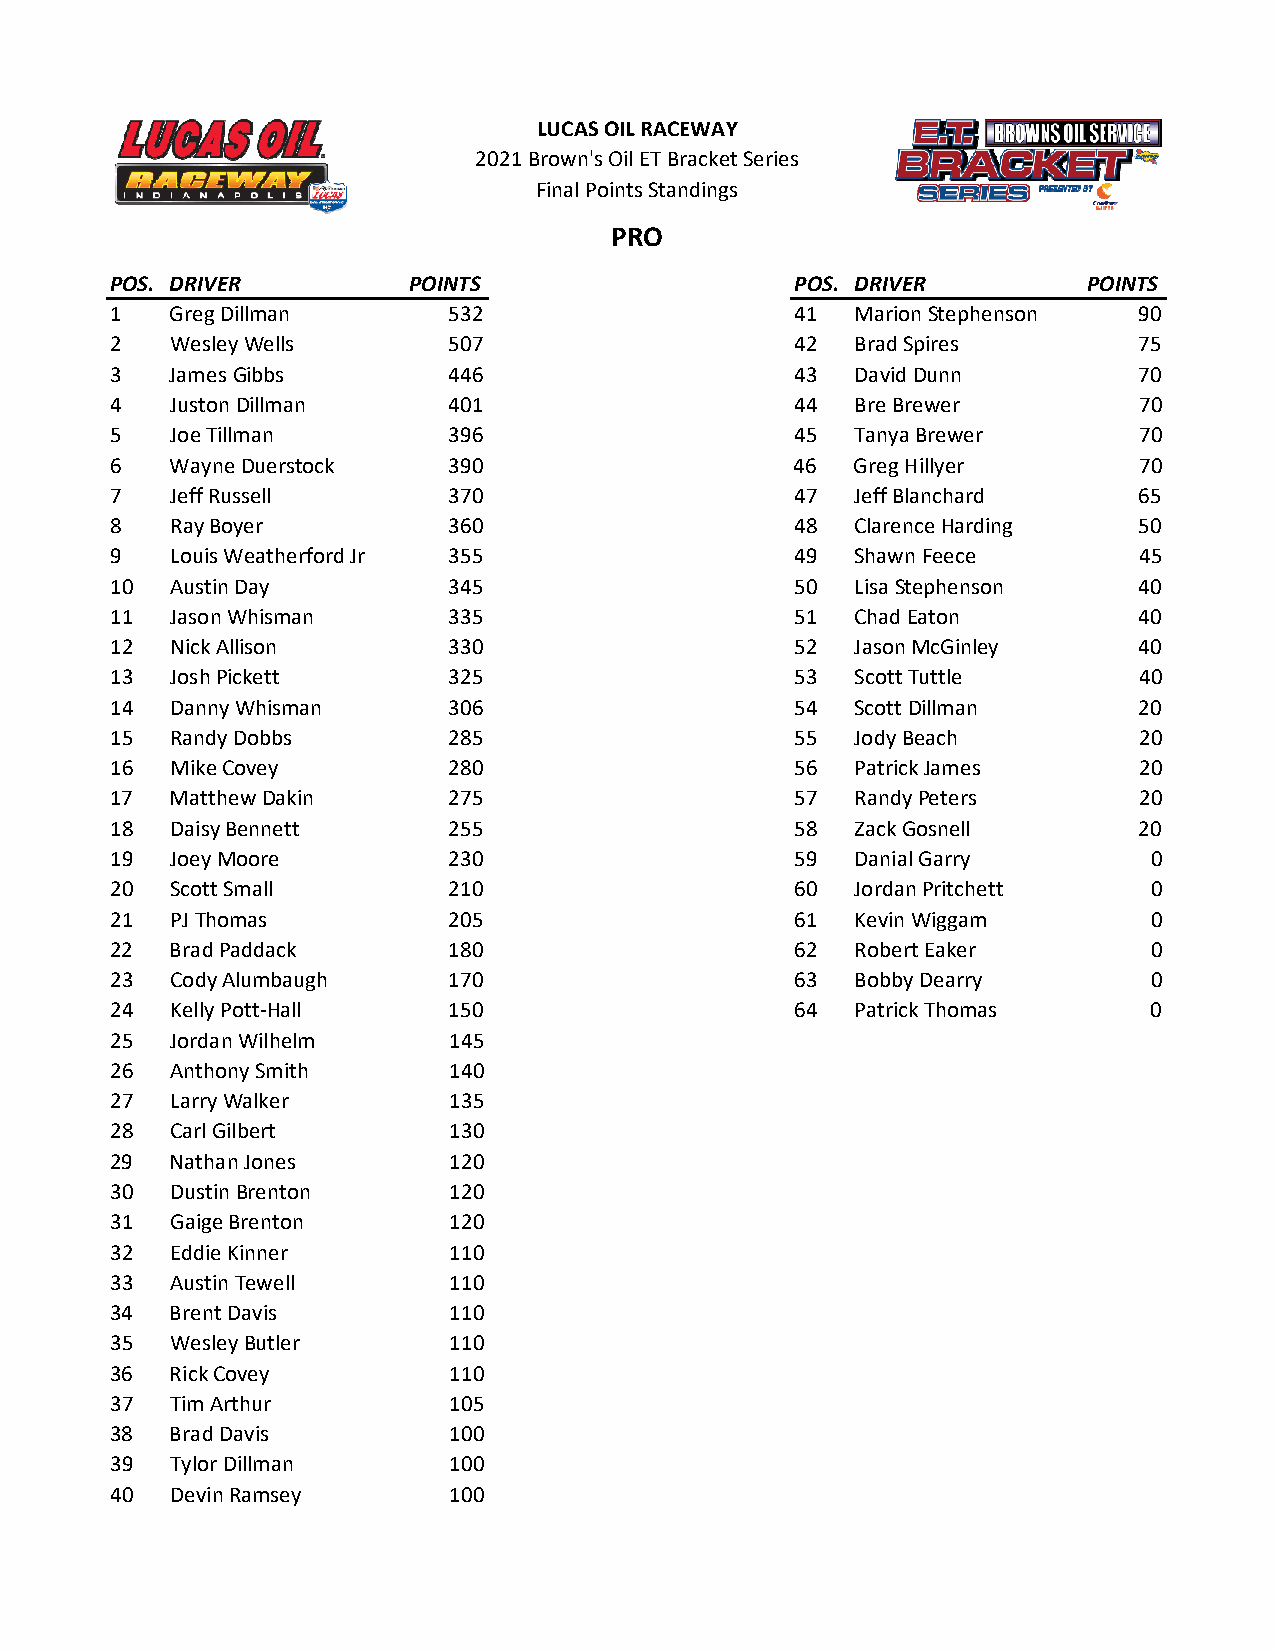
LUCAS OIL RACEWAY
 2021 Brown's Oil ET Bracket Series
 Final Points Standings
 PRO
 POS. DRIVER         POINTS                    POS. DRIVER        POINTS
 1   Greg Dillman       532                    41  Marion Stephenson 90
 2   Wesley Wells       507                    42  Brad Spires       75
 3   James Gibbs        446                    43  David Dunn        70
 4   Juston Dillman     401                    44  Bre Brewer        70
 5   Joe Tillman        396                    45  Tanya Brewer      70
 6   Wayne Duerstock    390                    46  Greg Hillyer      70
 7   Jeff Russell       370                    47  Jeff Blanchard    65
 8   Ray Boyer          360                    48  Clarence Harding  50
 9   Louis Weatherford Jr 355                  49  Shawn Feece       45
 10  Austin Day         345                    50  Lisa Stephenson   40
 11  Jason Whisman      335                    51  Chad Eaton        40
 12  Nick Allison       330                    52  Jason McGinley    40
 13  Josh Pickett       325                    53  Scott Tuttle      40
 14  Danny Whisman      306                    54  Scott Dillman     20
 15  Randy Dobbs        285                    55  Jody Beach        20
 16  Mike Covey         280                    56  Patrick James     20
 17  Matthew Dakin      275                    57  Randy Peters      20
 18  Daisy Bennett      255                    58  Zack Gosnell      20
 19  Joey Moore         230                    59  Danial Garry       0
 20  Scott Small        210                    60  Jordan Pritchett   0
 21  PJ Thomas          205                    61  Kevin Wiggam       0
 22  Brad Paddack       180                    62  Robert Eaker       0
 23  Cody Alumbaugh     170                    63  Bobby Dearry       0
 24  Kelly Pott‐Hall    150                    64  Patrick Thomas     0
 25  Jordan Wilhelm     145
 26  Anthony Smith      140
 27  Larry Walker       135
 28  Carl Gilbert       130
 29  Nathan Jones       120
 30  Dustin Brenton     120
 31  Gaige Brenton      120
 32  Eddie Kinner       110
 33  Austin Tewell      110
 34  Brent Davis        110
 35  Wesley Butler      110
 36  Rick Covey         110
 37  Tim Arthur         105
 38  Brad Davis         100
 39  Tylor Dillman      100
 40  Devin Ramsey       100